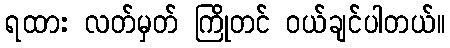
ရထား လတ်မှတ် ကြိုတင် ဝယ်ချင်ပါတယ်။